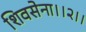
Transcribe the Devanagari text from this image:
शिवसेना।।२।।